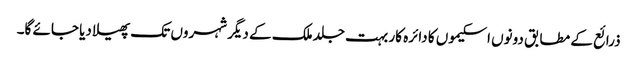
ذرائع کے مطابق دونوں اسکیموں کا دائرہ کار بہت جلد ملک کے دیگر شہروں تک پھیلا دیا جائے گا۔